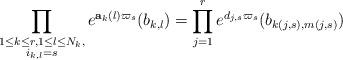
LaTeX: \begin{align*}\prod_{\substack{ 1 \leq k \leq r, 1 \leq l \leq N_k, \\ i_{k,l} = s}} e^{\mathbf{a}_{k}(l) \varpi_s} (b_{k,l})= \prod_{j=1}^r e^{d_{j,s} \varpi_s}(b_{k(j,s), m(j,s)})\end{align*}